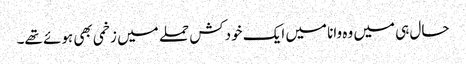
حال ہی میں وہ وانا میں ایک خودکش حملے میں زخمی بھی ہوئے تھے۔